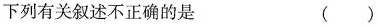
下列有关叙述不正确的是 ()